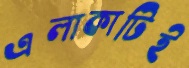
এলাকাটিই